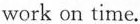
work on time.